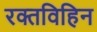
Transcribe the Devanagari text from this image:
रक्तविहिन